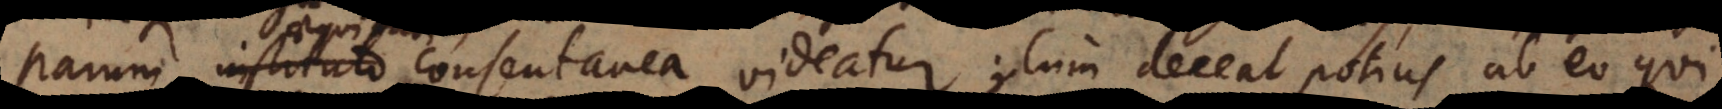
parum instituto consentanea videatur; cum deceat potius ab eo qui